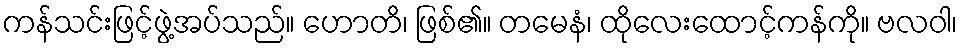
ကန်သင်းဖြင့်ဖွဲ့အပ်သည်။ ဟောတိ၊ ဖြစ်၏။ တမေနံ၊ ထိုလေးထောင့်ကန်ကို။ ဗလဝါ၊